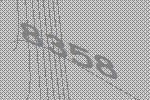
8358